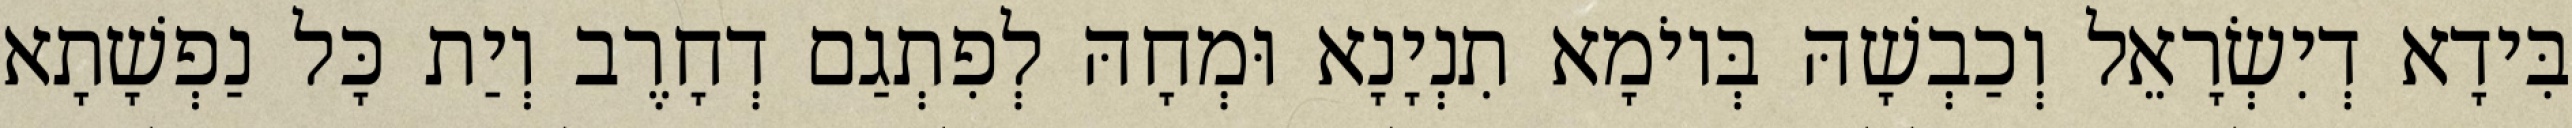
בִּידָא דְיִשְׂרָאֵל וְכַבְשָׁהּ בְּיוֹמָא תִנְיָנָא וּמְחָהּ לְפִתְגַם דְחָרֶב וְיַת כָּל נַפְשָׁתָא